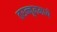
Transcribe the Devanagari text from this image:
तरन्नूममध्ये